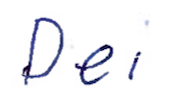
Text: Dei
Cross-out: clean
Writing tool: ballpoint